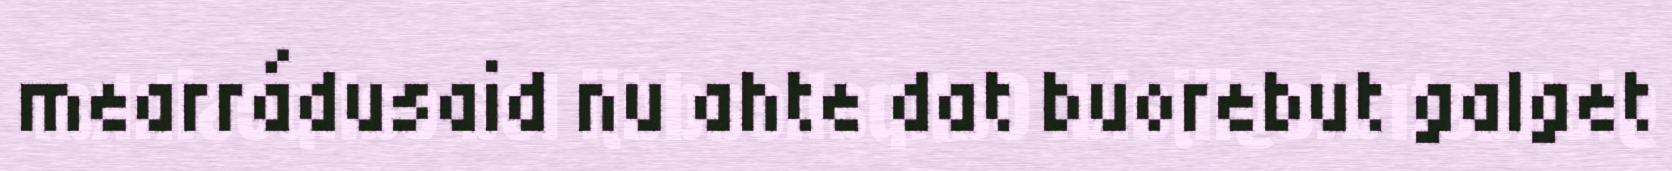
mearrádusaid nu ahte dat buorebut galget